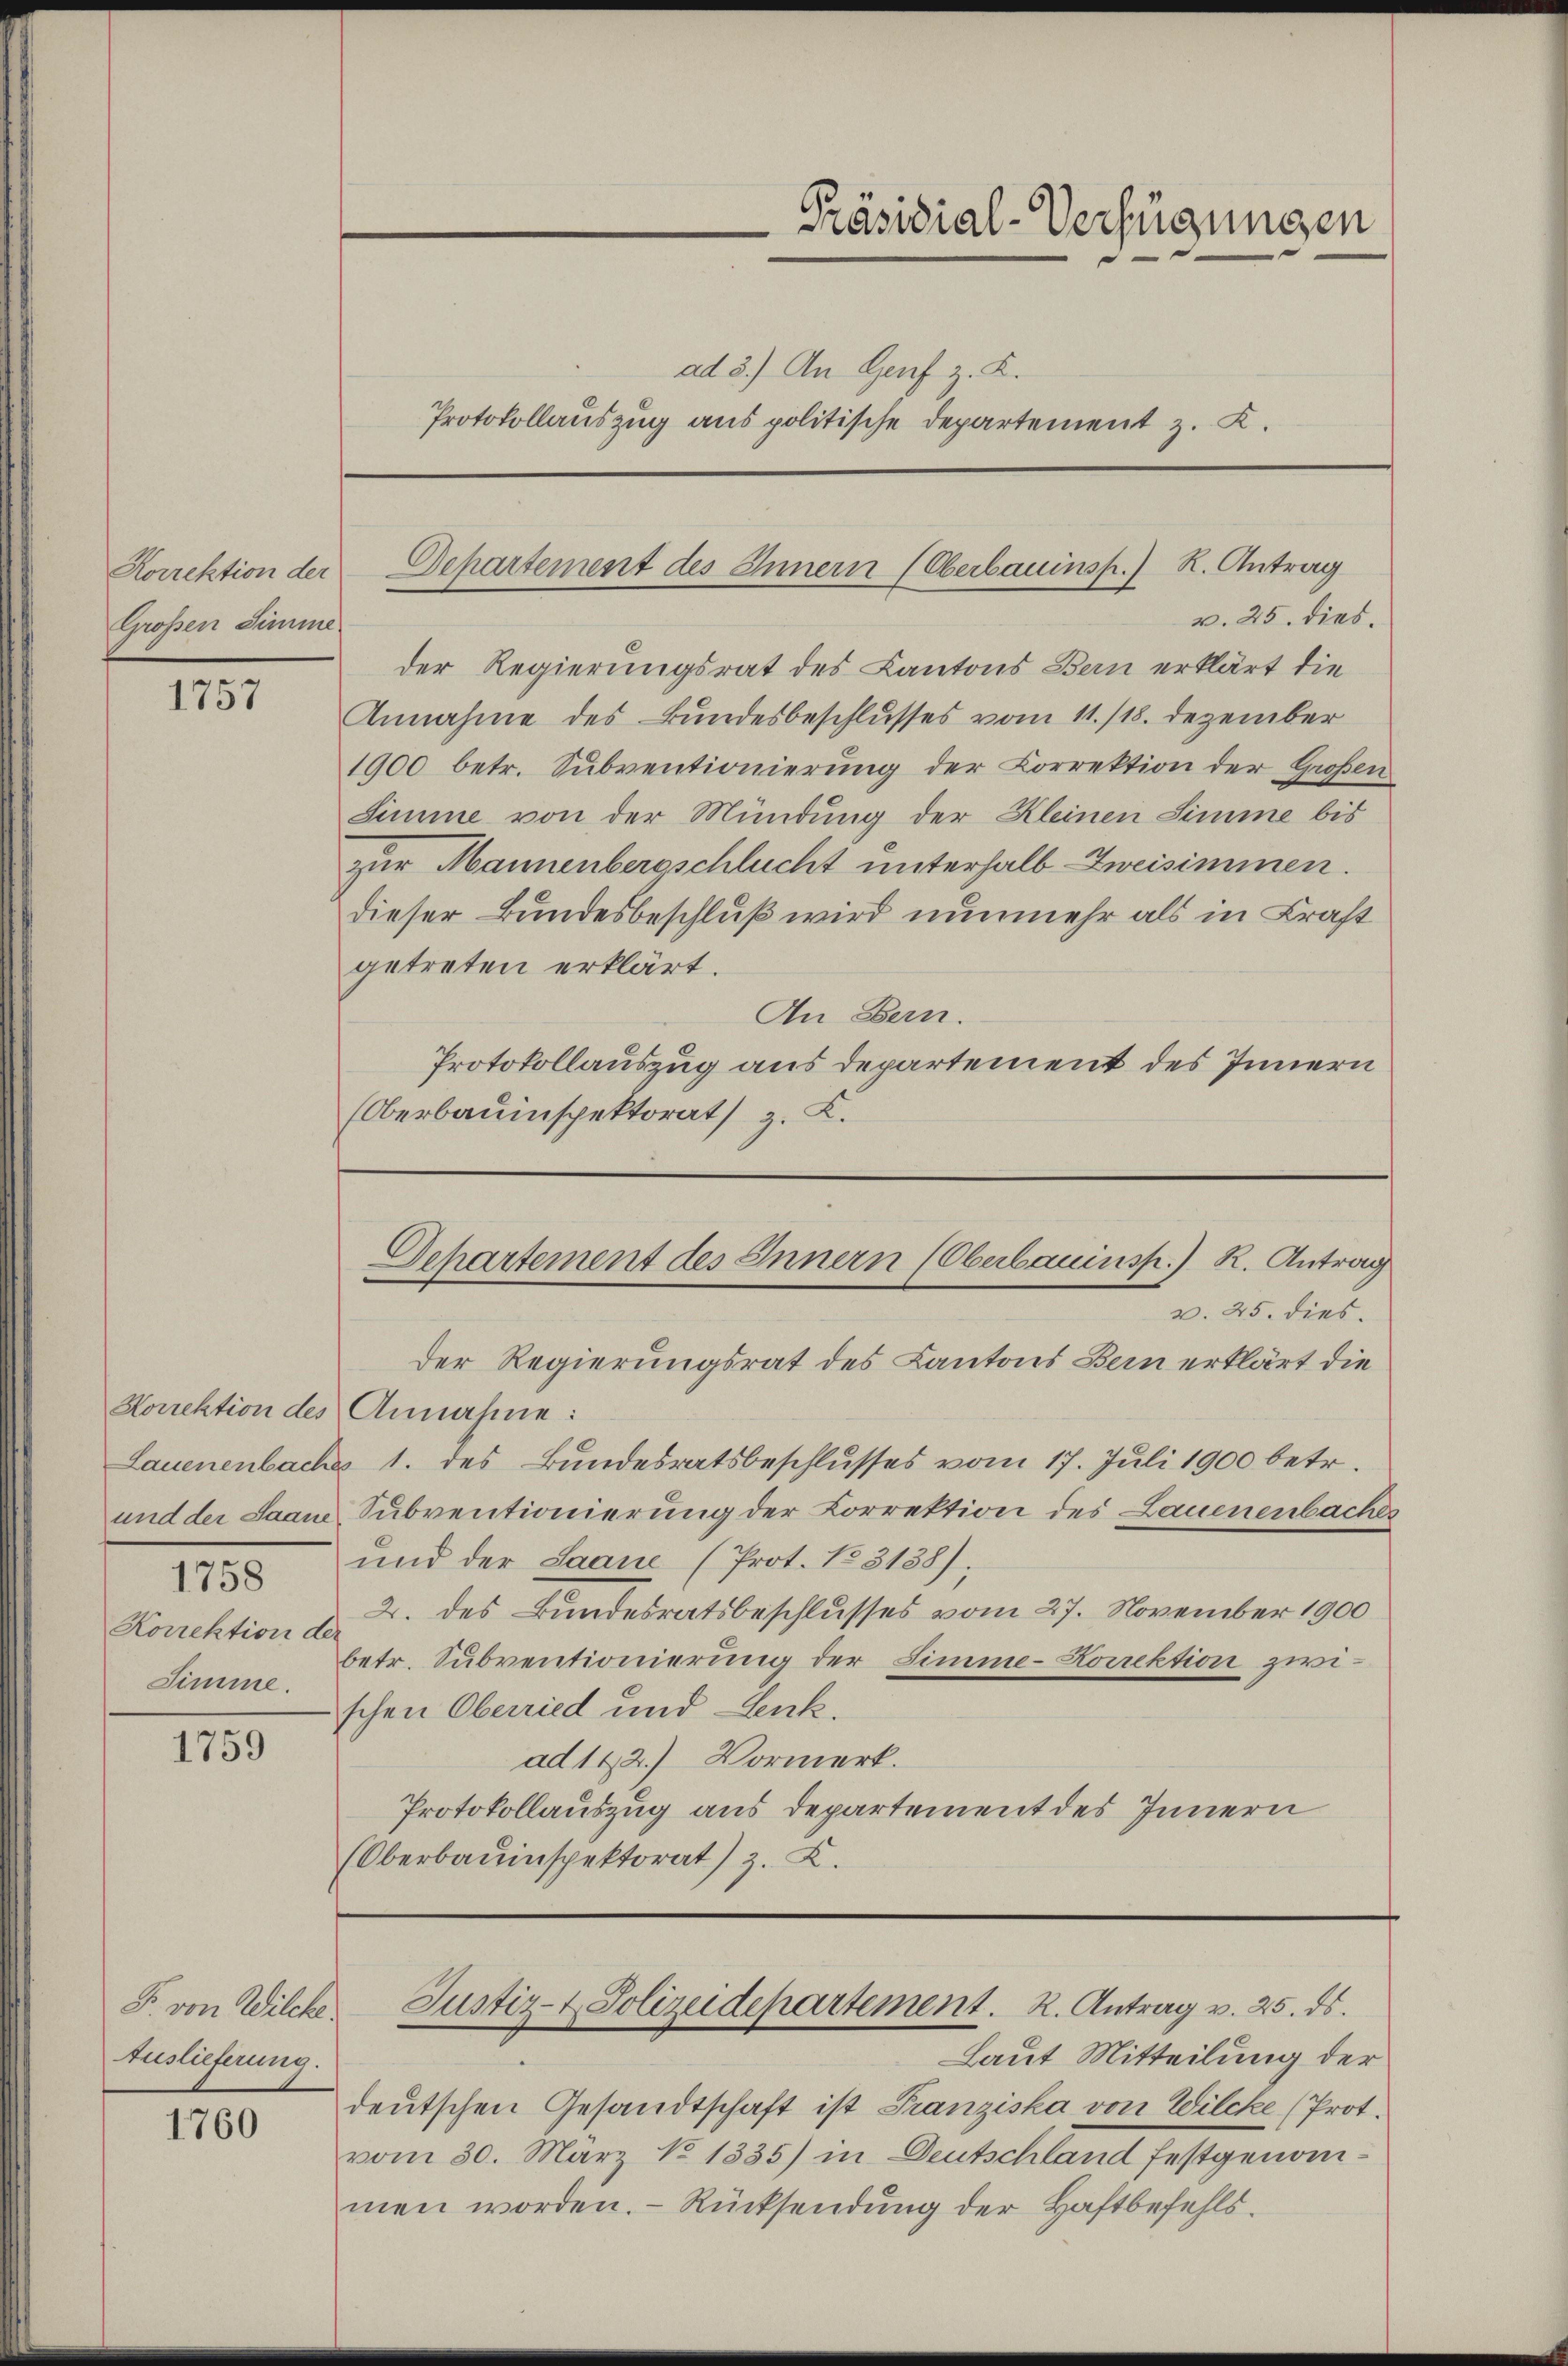
Korrektion der
Großen Simme

1757

Sorrektion des Annahme:
Korrektion der
Simme.

1759

F. von Wilche
Auslieferung.

1760

v. 25. dies
der Regierungsrat des Kantons Bern erklärt die
Lauenenbache 1. des Bundesratsbeschlusses vom 17. Juli 1900 betr.
und der Saame Subventionierung der Korrektion des Lauenenbaches
17 und der Saane (Prot. 158188);
2. des Bundesratsbeschlusses vom 27. November 1900
betr. Subventionierung der Simme-Korrektion zwischen Oberried und Lenk.
ad 112.) Vormerk.
Protokollauszug aus Departement des Innern
(Oberbauinspektorat) z. Z.

Präsidial-Verfügungen
ad 3.) An Genf z. K.
Protokollauszug aus politische Departement z. K.

v. 25. dies.
der Regierungsrat des Kantons Bern erklärt die
Annahme des Bundesbeschlusses vom 11./18. Dezember
1900 betr. Subventionierung der Korrektion der Großen
Simme von der Mündung der Kleinen Simme bis
zur Mannenbergschlucht unterhalb zweisimmen.
dieser Bundesbeschluß wird nunmehr als in Kraft
getreten erklärt.
An Bern.
Protokollauszug aus departement des Innern
(Oberbauinspektorats z. B.

Departement des Innern (Oberbauinsp. K. Antrag

Departement des Innern (Oberbauinsp.) R. Antrag

Justiz- & Polizeidepartement. R. Antrag v. 25. ds.

Laut Mitteilung der
deutschen Gesandtschaft ist Franziska von Wilcke (Prot.
vom 30. März No 1335) in Deutschland festgenommen worden. – Rücksendung der Haftbefehls¬